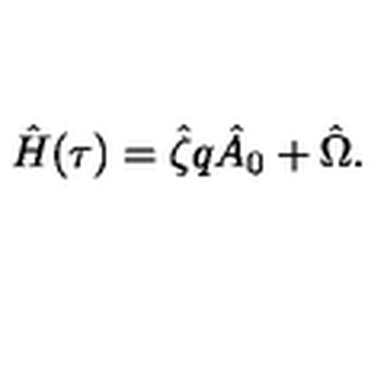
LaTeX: \hat { H } ( \tau ) = \hat { \zeta } q \hat { A } _ { 0 } + \hat { \Omega } .